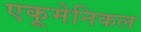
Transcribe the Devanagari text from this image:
एकूमेनिकल